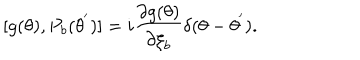
[ g ( \theta ) , P _ { b } ( { \theta } ^ { ' } ) ] = i \frac { { \partial } { g ( \theta ) } } { { \partial } { \xi } _ { b } } { \delta } ( { \theta } - { \theta } ^ { ' } ) .